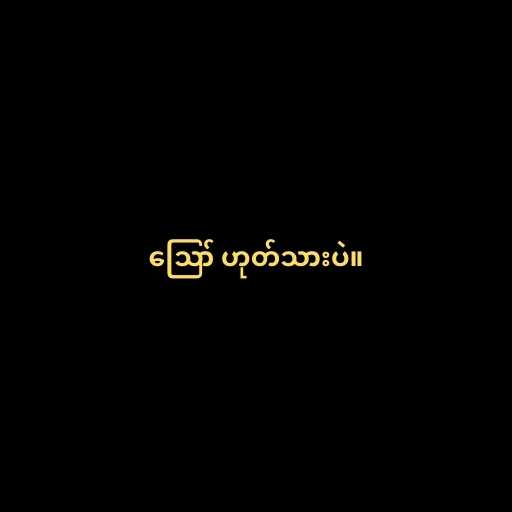
ဪ ဟုတ်သားပဲ။